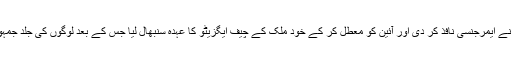
اقتدار پر قبضہ کرنے کے بعد جنرل مشرف نے ایمرجنسی نافذ کر دی اور آئین کو معطل کر کے خود ملک کے چیف ایگزیٹو کا عہدہ سنبھال لیا جس کے بعد لوگوں کی جلد جمہوریت کے جانب روانگی کی امید ختم ہوگئی۔